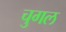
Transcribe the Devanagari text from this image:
चुगल